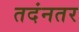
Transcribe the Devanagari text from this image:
तदंनतर